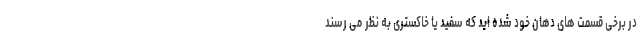
در برخی قسمت های دهان خود شده اید که سفید یا خاکستری به نظر می رسند